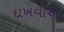
દાખવીએ